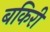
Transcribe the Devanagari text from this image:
बकिरी